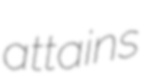
attains